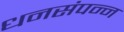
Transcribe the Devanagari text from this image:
धनसंपन्न